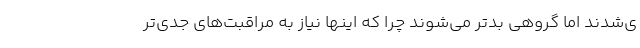
ی‌شدند اما گروهی بدتر می‌شوند چرا که اینها نیاز به مراقبت‌های جدی‌تر